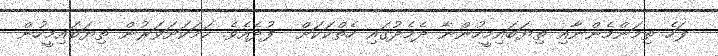
ފަހެ ތިމަންމެންނާއި ތިޔަބައިމީހުންނާ ދެމެދުގައި ހެތްކަކަށް  ފުދެއެވެ. ހަމަކަށަވަރުން ތިޔަބައިމީހުން